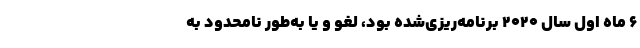
۶ ماه اول سال ۲۰۲۰ برنامه‌ریزی‌شده بود، لغو و یا به‌طور نامحدود به